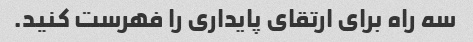
سه راه برای ارتقای پایداری را فهرست کنید.